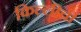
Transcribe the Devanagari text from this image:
किल्लीची